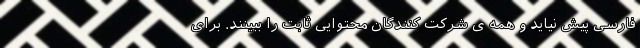
فارسی پیش نیاید و همه ی شرکت کنندگان محتوایی ثابت را ببینند. برای